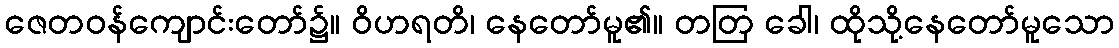
ဇေတဝန်ကျောင်းတော်၌။ ဝိဟရတိ၊ နေတော်မူ၏။ တတြ ခေါ၊ ထိုသို့နေတော်မူသော